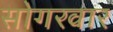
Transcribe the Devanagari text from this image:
सोगरवार